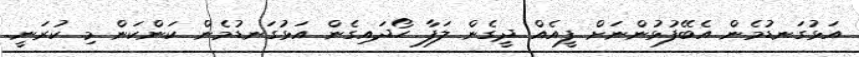
އަޅުގަނޑުމެން އެބޭފުޅުންނަށް ފީއެއް ދީގެން ލަފާ ހޯދައިގެން އަޅުގަނޑުމެން ކަންކަން މި ކުރަނީ.